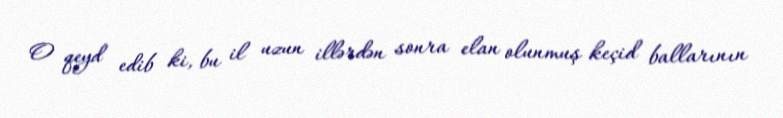
O qeyd edib ki, bu il uzun illərdən sonra elan olunmuş keçid ballarının